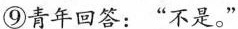
⑨青年回答：“不是。”